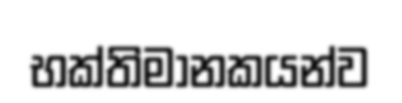
භක්තිමානකයන්ව